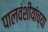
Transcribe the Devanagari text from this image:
पालवंशीयांच्या